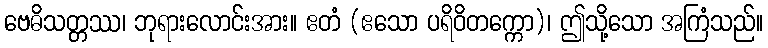
ဗေဓိသတ္တဿ၊ ဘုရားလောင်းအား။ ဧတံ (ဧသော ပရိဝိတက္ကော)၊ ဤသို့သော အကြံသည်။